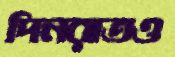
দিনরাতও